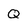
Character: Q